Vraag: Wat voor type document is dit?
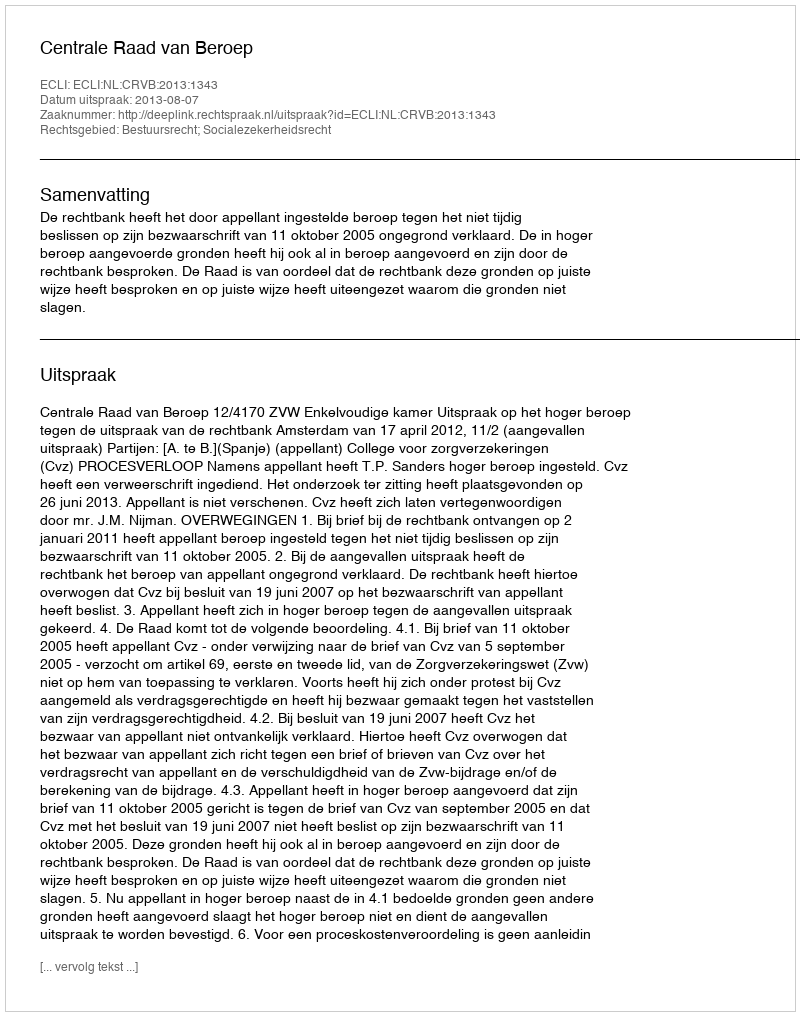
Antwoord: Uitspraak